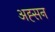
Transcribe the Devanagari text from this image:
अह्सन